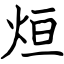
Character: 烜